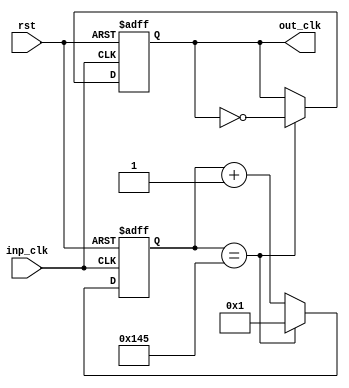
`timescale 1ns / 1ps
//////////////////////////////////////////////////////////////////////////////////
// Company: 
// Engineer: 
// 
// Design Name: 
// Module Name:    Baud_Gen 
// Project Name: 
// Target Devices: 
// Tool versions: 
// Description: 
//
// Dependencies: 
//
// Revision: 
// Revision 0.01 - File Created
// Additional Comments: 
//
//////////////////////////////////////////////////////////////////////////////////
module Baud_Gen(rst, inp_clk, out_clk);
input inp_clk, rst;
output reg out_clk;
reg [15:0] count = 16'd1;
initial begin
	out_clk <= 1'b0;
end
always @(posedge inp_clk, negedge rst) begin
	if(!rst) begin
		out_clk <= 1'b0;
		count <= 16'd1;
	end
	else if(count == 16'd325) begin
		out_clk <= ~out_clk;
		count <= 16'd1;
	end
	else begin
		count <= count + 1;
		out_clk <= out_clk;
	end
end

endmodule